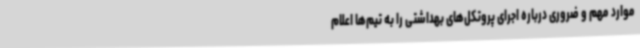
موارد مهم و ضروری درباره اجرای پروتکل‌های بهداشتی را به تیم‌ها اعلام